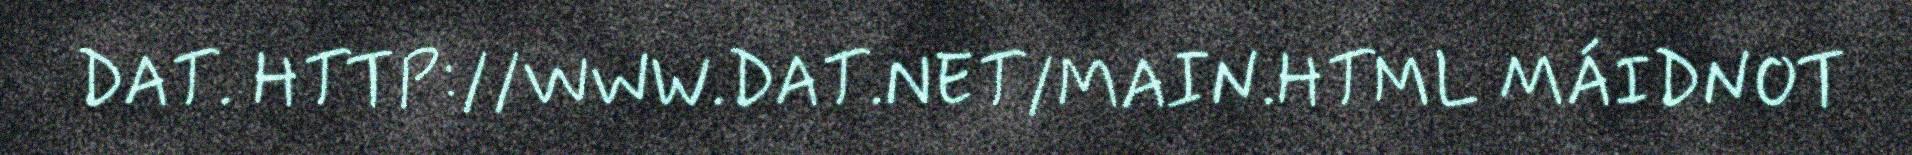
DAT. HTTP://WWW.DAT.NET/MAIN.HTML MÁIDNOT